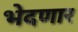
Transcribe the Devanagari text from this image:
भेदणार